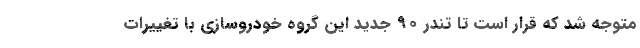
متوجه شد که قرار است تا تندر ۹۰ جدید این گروه خودروسازی با تغییرات